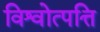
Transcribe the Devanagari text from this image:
विश्वोत्पत्ति